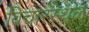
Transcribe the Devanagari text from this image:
विचारस्थळ